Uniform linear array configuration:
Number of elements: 64
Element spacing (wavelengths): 0.25
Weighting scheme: binomial
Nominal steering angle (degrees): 45
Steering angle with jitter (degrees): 44.689
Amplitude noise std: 0.05
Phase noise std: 0.05

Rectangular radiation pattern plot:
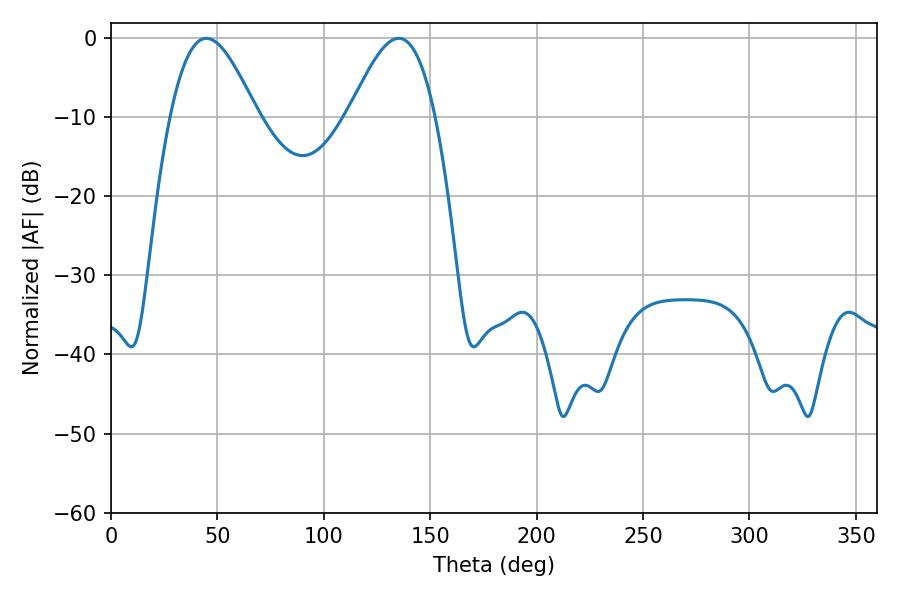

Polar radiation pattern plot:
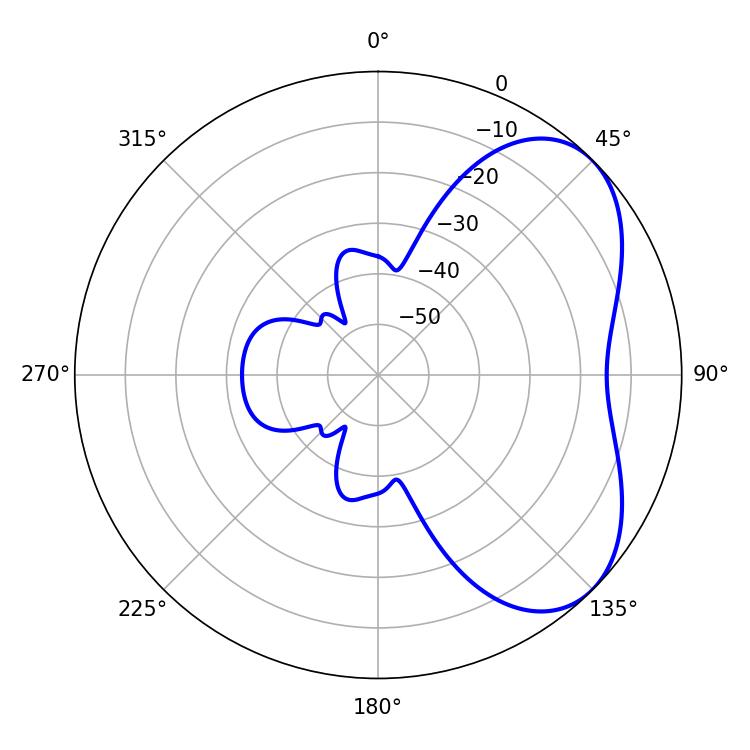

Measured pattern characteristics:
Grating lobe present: FALSE
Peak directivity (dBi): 5.052
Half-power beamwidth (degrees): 21.96
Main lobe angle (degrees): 44.82